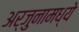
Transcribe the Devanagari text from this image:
अर्जुनामध्ये